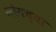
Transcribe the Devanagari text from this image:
सोमच्या